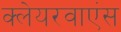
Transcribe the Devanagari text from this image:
क्लेयरवाएंस